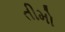
તીમો